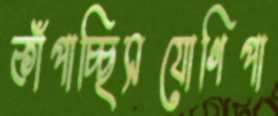
কাঁপাচ্ছিসযোগিপা